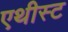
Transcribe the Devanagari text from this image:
एथीस्ट